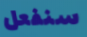
سنفعل